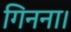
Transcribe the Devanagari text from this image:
गिनना।